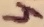
Text: 4